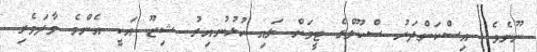
ނޫނެވެ. އިސްކަންދަރު ސްކޫލްގެ ޓީމަށް ލައި ކުޅުނުއިރު ޝިޒޫ އަކީ އެންމެ ވާދަވެރި